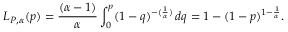
L _ { P , \alpha } ( p ) = \frac { ( \alpha - 1 ) } { \alpha } \int _ { 0 } ^ { p } ( 1 - q ) ^ { - ( \frac { 1 } { \alpha } ) } \, d q = 1 - ( 1 - p ) ^ { 1 - \frac { 1 } { \alpha } } .